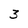
Character: 3